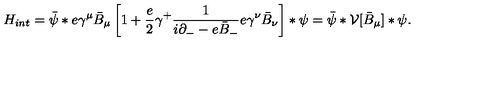
{ H } _ { i n t } = \bar { \psi } * e \gamma ^ { \mu } \bar { B } _ { \mu } \left[ 1 + \frac { e } { 2 } \gamma ^ { + } \frac { 1 } { i \partial _ { - } - e \bar { B } _ { - } } e \gamma ^ { \nu } \bar { B } _ { \nu } \right] \ast \psi = \bar { \psi } \ast { \cal V } [ \bar { B } _ { \mu } ] \ast \psi .